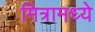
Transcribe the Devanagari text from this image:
मित्रामध्ये